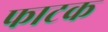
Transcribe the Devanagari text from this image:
फाटक